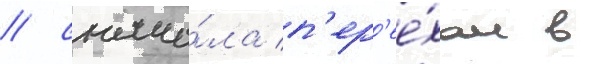
/ снача́ла п'ер'ее́хал в